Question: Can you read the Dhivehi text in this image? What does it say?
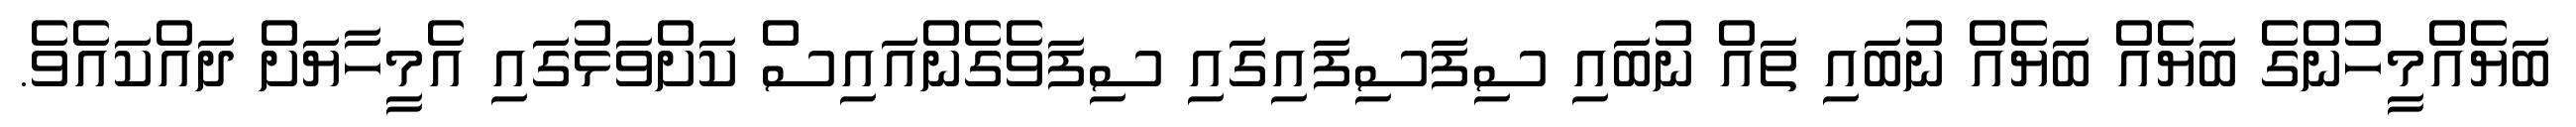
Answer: ބަޔެއްމީހުންގެ ބަޔެއް ބަޔެއް ނުބައި ތައް ނުބައި ސިފަސިފައިގައި ސިފަވެގެންއައިސް ކަށްވަޅުގައި އެމީހާޔަށް ދައްކައެވެ.